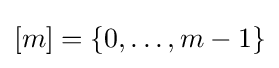
[m]=\{0,\dots ,m-1\}